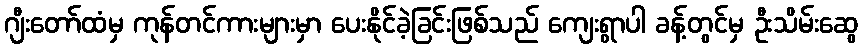
ဂျီးတော်ထံမှ ကုန်တင်ကားများမှာ ပေးနိုင်ခဲ့ခြင်းဖြစ်သည် ကျေးရွာပါ ခန့်တွင်မှ ဦးသိမ်းဆွေ